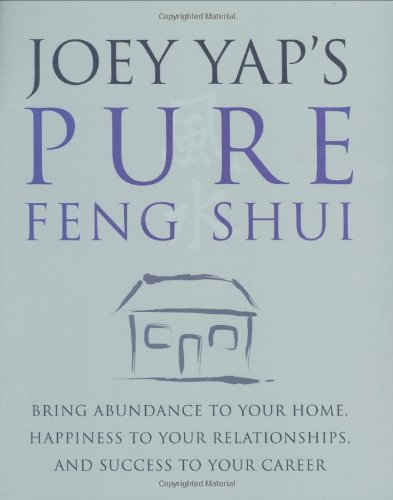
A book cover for Joey Yap's Pure Feng Shui: Bring Abundance to Your Home, Happiness to Your Relationships, and Success to Your Career; Joey Yap; Religion & Spirituality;